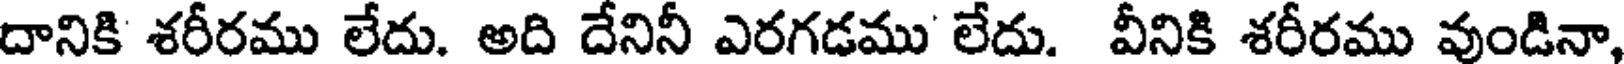
దానికి శరీరము లేదు. అది దేనినీ ఎరగడము లేదు. వీనికి శరీరము వుండినా,